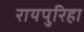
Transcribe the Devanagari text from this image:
रायपुरिहा